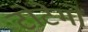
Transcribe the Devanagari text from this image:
टोटेमों